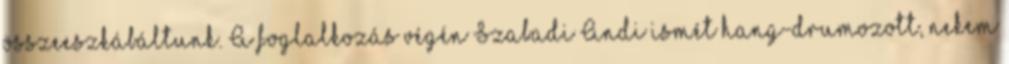
összeeszkábáltunk. A foglalkozás végén Szabadi Andi ismét hang-drumozott, nekem